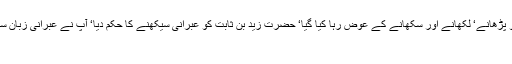
13 جنگ بدر کے قیدیوں میں پڑھے لکھے کفار بھی شامل تھے‘ ان کافروں کو مسلمانوں کو پڑھانے‘ لکھانے اور سکھانے کے عوض رہا کیا گیا‘ حضرت زید بن ثابتؓ کو عبرانی سیکھنے کا حکم دیا‘ آپؓ نے عبرانی زبان سیکھی اور یہ اس زبان میں یہودیوں سے خط و کتابت کرتے رہے‘ کافروں کا ایک شاعر تھا‘
سہیل بن عمرو۔